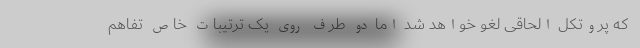
که پروتکل الحاقی لغو خواهد شد اما دو طرف روی یک ترتیبات خاص تفاهم